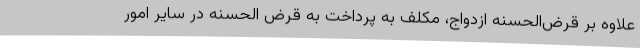
علاوه بر قرض‌الحسنه ازدواج، مکلف به پرداخت به قرض الحسنه در سایر امور